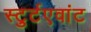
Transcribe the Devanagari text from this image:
स्टुर्टएवांट